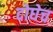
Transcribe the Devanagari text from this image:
दोघेच